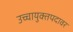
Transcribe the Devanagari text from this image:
उच्चायुक्तपदावर